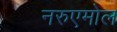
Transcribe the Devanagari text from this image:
नरुएमोल